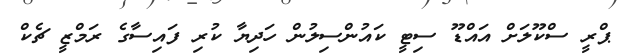
ޕްރީ ސްކޫލަށް އައްޑޫ ސިޓީ ކައުންސިލުން ހަދިޔާ ކުރި ފައިސާގެ ރަމްޒީ ޗެކް